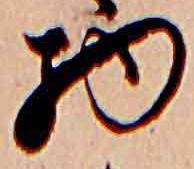
物